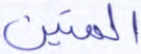
المتين